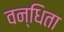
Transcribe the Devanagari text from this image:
वन्धिता